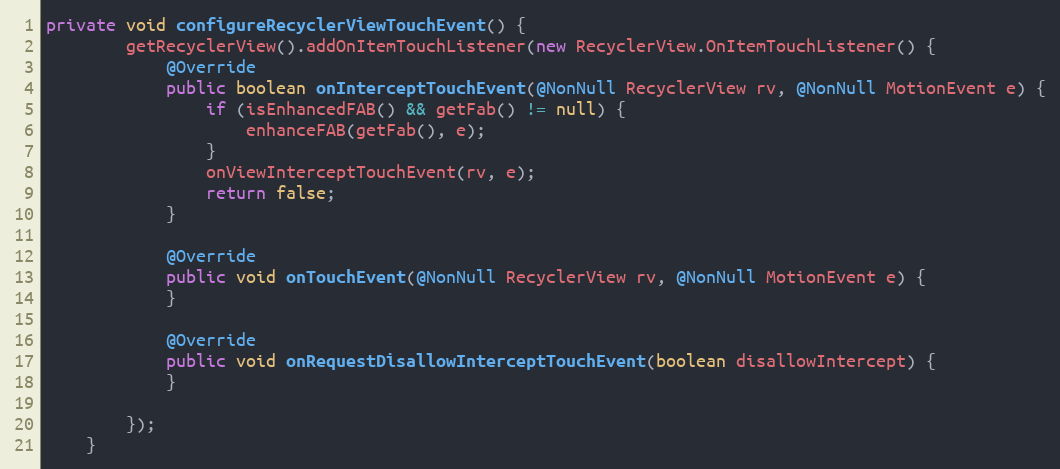
Language: Java
private void configureRecyclerViewTouchEvent() {
        getRecyclerView().addOnItemTouchListener(new RecyclerView.OnItemTouchListener() {
            @Override
            public boolean onInterceptTouchEvent(@NonNull RecyclerView rv, @NonNull MotionEvent e) {
                if (isEnhancedFAB() && getFab() != null) {
                    enhanceFAB(getFab(), e);
                }
                onViewInterceptTouchEvent(rv, e);
                return false;
            }

            @Override
            public void onTouchEvent(@NonNull RecyclerView rv, @NonNull MotionEvent e) {
            }

            @Override
            public void onRequestDisallowInterceptTouchEvent(boolean disallowIntercept) {
            }

        });
    }